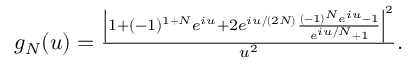
\begin{array} { r } { g _ { N } ( u ) = \frac { \left| 1 + ( - 1 ) ^ { 1 + N } e ^ { i u } + 2 e ^ { i u / ( 2 N ) } \frac { ( - 1 ) ^ { N } e ^ { i u } - 1 } { e ^ { i u / N } + 1 } \right| ^ { 2 } } { u ^ { 2 } } . } \end{array}